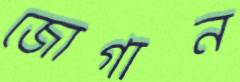
জোগান